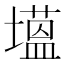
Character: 𮰯